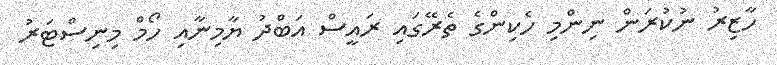
ހާޒިރު ނުކުރަން ނިންމި ހެކިންގެ ތެރޭގައި ރައީސް އަބްދު ޔާމިނާއި ހޯމް މިނިސްޓަރު